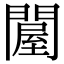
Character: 𨵱